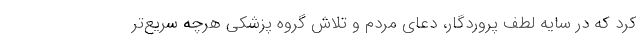
کرد که در سایه لطف پروردگار، دعای مردم و تلاش گروه پزشکی هرچه سریع‌تر